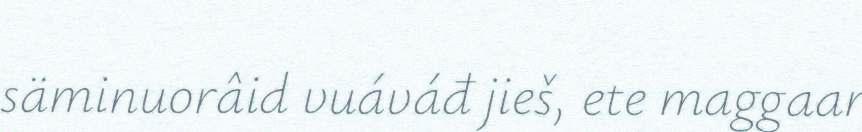
säminuorâid vuáváđ jieš, ete maggaar